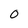
Character: O